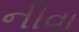
નીવા